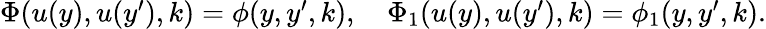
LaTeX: \begin{array}{r}{\Phi(u(y),u(y^{\prime}),k)=\phi(y,y^{\prime},k),\quad\Phi_{1}(u(y),u(y^{\prime}),k)=\phi_{1}(y,y^{\prime},k).}\end{array}